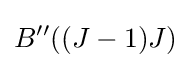
B''((J-1)J)